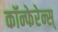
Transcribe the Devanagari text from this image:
कॉन्फेरेन्स्